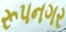
રૂપનગર